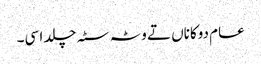
عام دوکاناں تے وٹہ سٹہ چلدا سی۔